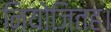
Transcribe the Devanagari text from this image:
नियोजितह।